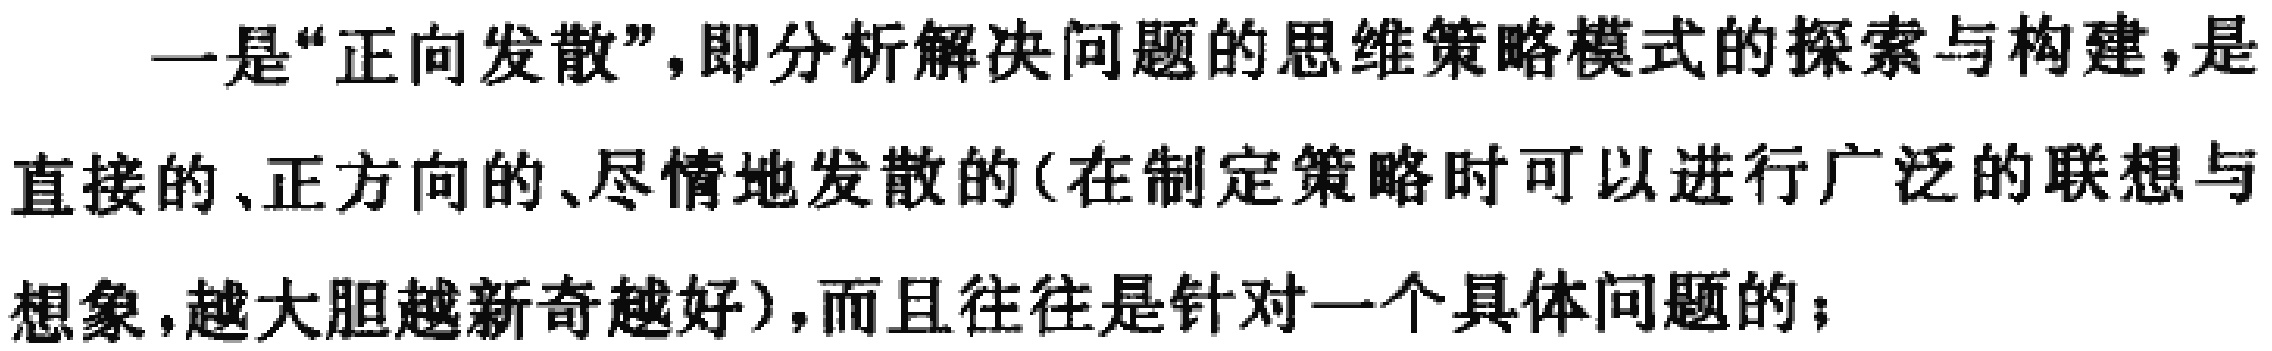
一是“正向发散”，即分析解决问题的思维策略模式的探索与构建，是直接的、正方向的、尽情地发散的(在制定策略时可以进行广泛的联想与想象，越大胆越新奇越好)，而且往往是针对一个具体问题的；